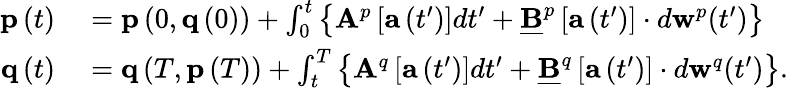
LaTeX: \begin{array}{rl}{\mathbf{p}\left(t\right)}&{{}=\mathbf{p}\left(0,\mathbf{q}\left(0\right)\right)+\int_{0}^{t}\left\{ \mathbf{A}^{p}\left[\mathbf{a}\left(t^{\prime}\right)\right]dt^{\prime}+\underline{{\mathbf{B}}}^{p}\left[\mathbf{a}\left(t^{\prime}\right)\right]\cdot d\mathbf{w}^{p}(t^{\prime})\right\} }\\ {\mathbf{q}\left(t\right)}&{{}=\mathbf{q}\left(T,\mathbf{p}\left(T\right)\right)+\int_{t}^{T}\left\{ \mathbf{A}^{q}\left[\mathbf{a}\left(t^{\prime}\right)\right]dt^{\prime}+\underline{{\mathbf{B}}}^{q}\left[\mathbf{a}\left(t^{\prime}\right)\right]\cdot d\mathbf{w}^{q}(t^{\prime})\right\} .}\end{array}